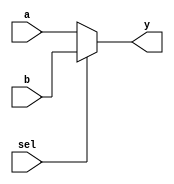
module mux(
    input [31:0] a,
    input [31:0] b,
    input sel,
    output reg [31:0] y
);

always @ (*)
begin
    if (sel)
        y = b;
    else
        y = a;
end

endmodule